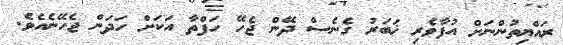
ރައްޔިތުންނަށް އުފާވެރި ޚަބަރު ގެނެސް ދޭން ޖެހޭ ހަފްތާ އަކަށް ހަދަން ޖެހޭނެއެވެ.